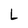
Character: L